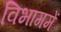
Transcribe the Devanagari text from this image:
विभागमें